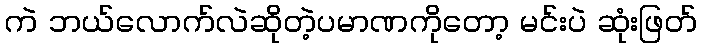
ကဲ ဘယ်လောက်လဲဆိုတဲ့ပမာဏကိုတော့ မင်းပဲ ဆုံးဖြတ်